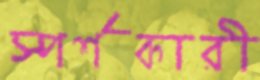
স্পর্শকারী